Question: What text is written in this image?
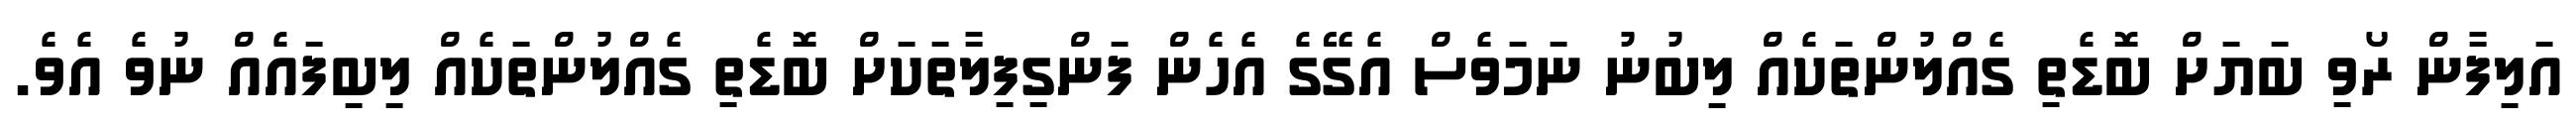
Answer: އަލިފާން ރޯވި ބަޔަށް ބޮޑެތި ގެއްލުންތަކެއް ލިބުނު ނަމަވެސް އެގޭގެ އެހެން ފަންގިފިލާތަކަށް ބޮޑެތި ގެއްލުންތަކެއް ލިބިފައެއް ނުވެ އެވެ.